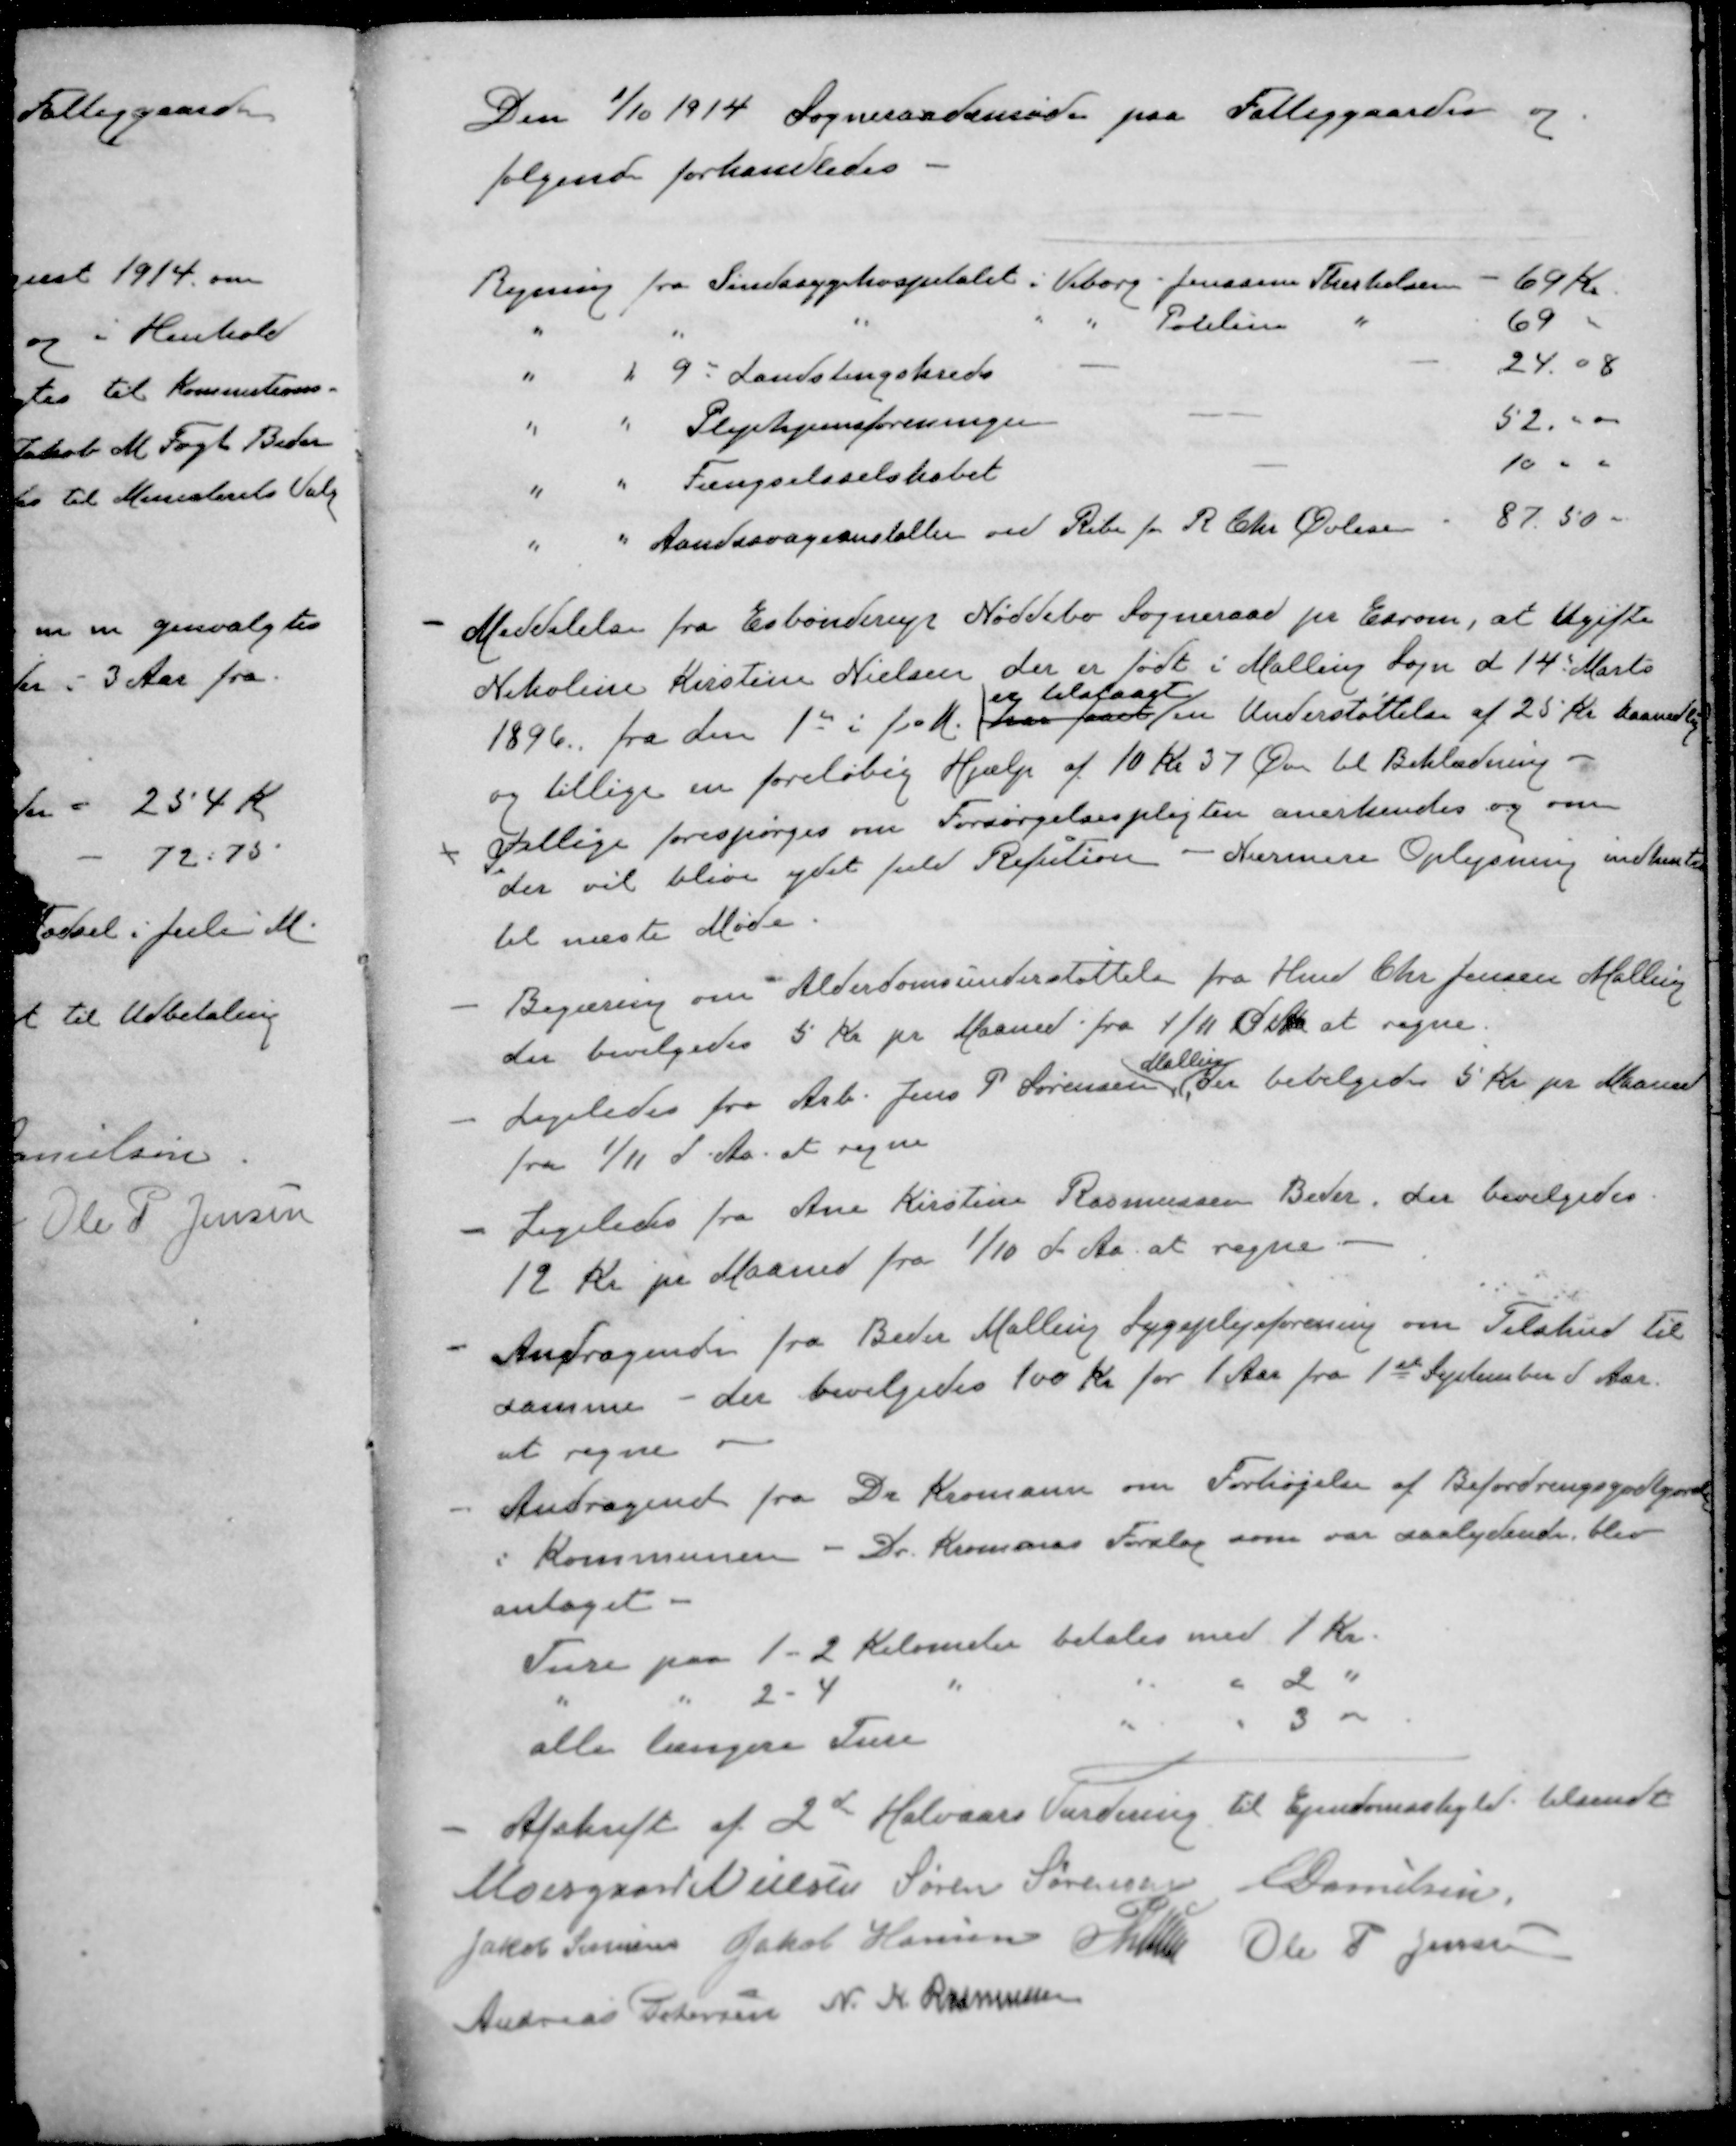
Transskription:
Den 1/10 1914. Sogneraadsmøde paa Fattiggaarden og
følgende forhandledes
Regning fra Sindssygehospitalet i Viborg - Jenssine Therkelsen - 69 Kr.
" " " " " Pouline " 69 "
" " 9de Landstingskreds - 24,08
" " Plejehjemsforeningen - - 52 " " 
" "  Fængselsselskabet - 10 " "
" " Aandssvageanstalter ved Ribe for R Chr Øvlisen 87.50
- Meddelelse fra Esbønderup Nøddebo Sogneraad pr Esrom, at Ugifte
Nikoline Kirstine Nielsen der er født i Malling Sogn d 14' Marts
er tilstaaet
1896 fra den 1st i f M. har faaet en Understøttelse af 25 Kr. Maanedlig
og tillige en foreløbig Hjælp af 10 kr. 37 Øre til Beklædning
- tillige forespørges om Forsørgelsespligten anerkendes og om
der vil blive ydet fuld Refution - Nærmere Oplysning indhentes
til næste Møde.
- Begæring om Alderdomsunderstøttelse fra Hmd Chr. Jensen Malling
der bevilgedes 5 Kr pr Maaned fra 1/11 d A at regne.
Malling
- Ligeledes fra Arb. Jens P Sørensen Der bevilgedes 5 Kr pr Maaned
fra 1/11 d. Aa. at regne
- Ligeledes fra Ane Kirstine Rasmussen Beder, der bevilgedes
12 Kr pr Maaned fra 1/10 d. Aa at regne.
- Andragende fra Beder Malling Sygeplejeforening om Tilskud til
samme - der bevilgedes 100 Kr for 1 Aar fra 1ste September d Aar.
at regne
- Andragende fra Dr. Kromann om Forhøjelse af Befordringsgodtgørelse
i Kommunen - Dr. Kromanns Forslag som var saalydende, blev
antaget - 
Ture paa 1 -2 Kilometer betales med 1 Kr.
" " 2 - 4 " " " 2 "
alle længere Ture " " 3 "
- Afskrift af 2d Halvaars Vurdering til Ejendomsskyld tilsendt
Moesgaard Nielsen
Søren Sørensen
E Danielsen
Jakob Sørensen
Jakob Hansen
P Lunn
Ole P Jensen
Andreas Petersen
N. K. Rasmussen